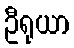
ဦရုယာ